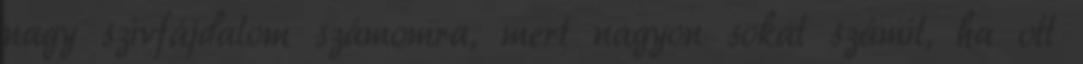
nagy szívfájdalom számomra, mert nagyon sokat számít, ha ott